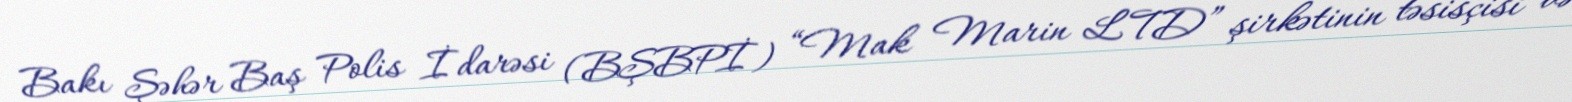
Bakı Şəhər Baş Polis İdarəsi (BŞBPİ) “Mak Marin LTD” şirkətinin təsisçisi və